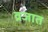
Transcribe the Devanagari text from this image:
व्रजात